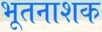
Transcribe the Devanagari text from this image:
भूतनाशक